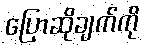
ပြောဆိုချက်ကို